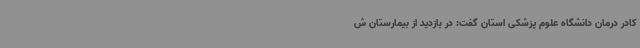
کادر درمان دانشگاه علوم پزشکی استان گفت: در بازدید از بیمارستان ش